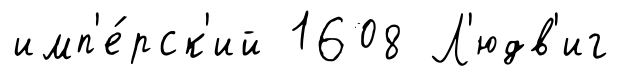
имп'е́рск'ий 1608 Л'юдв'иг